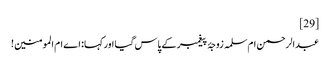
[29]
عبدالرحمن ام‌سلمہ زوجۂ پیغمبر کے پاس گیا اور کہا:‌ اے ام المومنین!